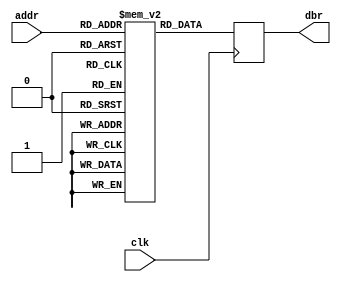
module top(
    output reg [7:0] dbr,   // Data bus READ
    input  [7:0] addr,  // Address bus - eight bits
    input  clk          // Clock
    );

    reg [7:0] rom_data[0:255];
    integer j;

    // memory not created if there is no initial content
    initial 
    for(j = 0; j < 256; j = j+1) 
        rom_data[j] = 8'h00;

    always @(posedge clk)
        dbr <= rom_data[addr];

endmodule